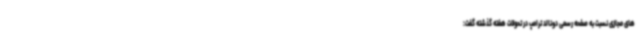
های مجازی نسبت به صفحه رسمی دونالد ترامپ در تحولات هفته گذشته گفت: